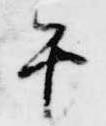
午